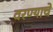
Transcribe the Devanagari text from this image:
वरण्याचे